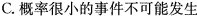
C.概率很小的事件不可能发生